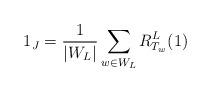
LaTeX: \begin{align*} 1_J = \frac{1}{|W_L|}\sum\limits_{w\in W_L} R_{T_w}^L (1)\end{align*}